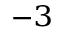
^ { - 3 }